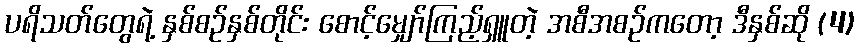
ပရိသတ်တွေရဲ့ နှစ်စဉ်နှစ်တိုင်း စောင့်မျှော်ကြည့်ရှူတဲ့ အစီအစဉ်ကတော့ ဒီနှစ်ဆို (4)